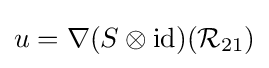
u=\nabla (S\otimes {\text{id}})({\mathcal {R}}_{21})